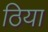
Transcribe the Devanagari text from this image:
ठिया